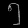
Digit: ၅